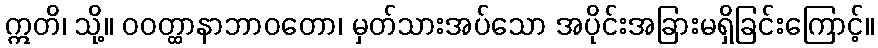
ဣတိ၊ သို့။ ဝဝတ္ထာနာဘာဝတော၊ မှတ်သားအပ်သော အပိုင်းအခြားမရှိခြင်းကြောင့်။